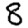
Digit: 8